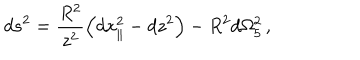
d s ^ { 2 } = \frac { R ^ { 2 } } { z ^ { 2 } } \left( d x _ { \parallel } ^ { 2 } - d z ^ { 2 } \right) - R ^ { 2 } d \Omega _ { 5 } ^ { 2 } \, ,